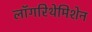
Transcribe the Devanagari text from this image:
लॉगरिथेमिशेन